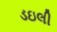
ડઇલી